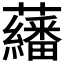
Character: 𱿃